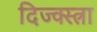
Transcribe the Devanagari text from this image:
दिज्क्स्त्रा